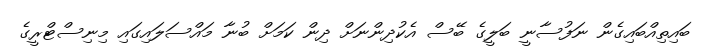
ބައިތިއްބައިގެން ނަފުސާނީ ބަލީގެ ބޭސް އެކުދިންނަށް ދިން ކަމަށް ބުނާ މައްސަލައިގައި މިނިސްޓްރީގެ